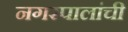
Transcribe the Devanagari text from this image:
नगरपालांची